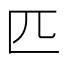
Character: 匹